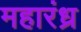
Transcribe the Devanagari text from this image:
महारंध्र